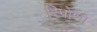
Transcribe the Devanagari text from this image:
रिपोसो